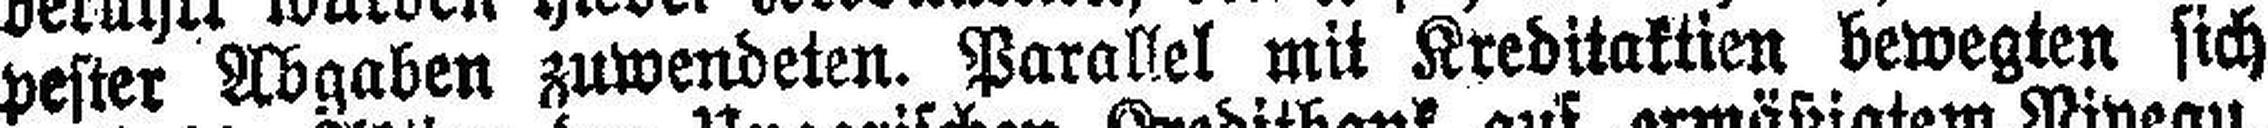
pester Abgaben zuwendeten. Parallel mit Kreditaktien bewegten sich